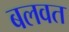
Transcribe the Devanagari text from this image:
बलवत